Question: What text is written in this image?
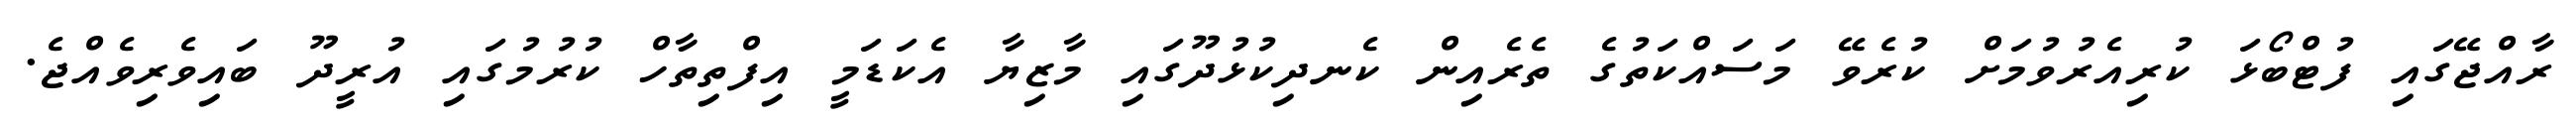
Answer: ރާއްޖޭގައި ފުޓްބޯޅަ ކުރިއެރުވުމަށް ކުރެވޭ މަސައްކަތުގެ ތެރެއިން ކެނދިކުޅުދޫގައި މާޒިޔާ އެކަޑަމީ އިފްތިތާހް ކުރުމުގައި އުރީދޫ ބައިވެރިވެއްޖެ.